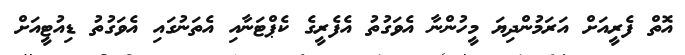
އޮތް ފެރީއަށް އަރަމުންދިޔަ މީހުންނާ އެވަގުތު އެފެރީގެ ކެޕްޓަނާއި އެތަނުގައި އެވަގުތު ޑިއުޓީއަށް